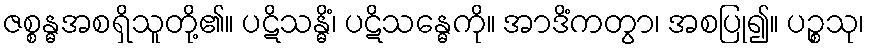
ဇစ္စန္ဓအစရှိသူတို့၏။ ပဋိသန္ဓိံ၊ ပဋိသန္ဓေကို။ အာဒိံကတွာ၊ အစပြု၍။ ပဉ္စသု၊